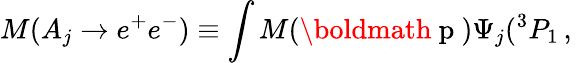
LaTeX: M(A_{j}\rightarrow e^{+}e^{-})\equiv\int M(\mathrm{\boldmath~p~})\Psi_{j}(^{3}P_{1}\, ,\,